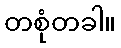
တစုံတခါ။